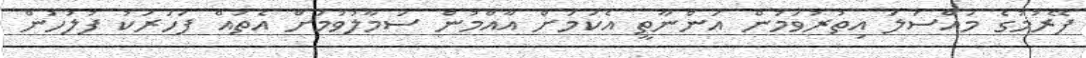
ފޭރުމުގެ މައްސަލަ އިތުރުވަމުން އަންނާތީ އެކަމަށް އާއްމުން ސަމާލުވުމަށް އެތައް ފަހަރަކު ފުލުހުން